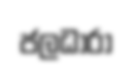
ජලධාරා